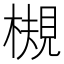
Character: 槻